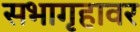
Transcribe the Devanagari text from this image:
सभागृहावर